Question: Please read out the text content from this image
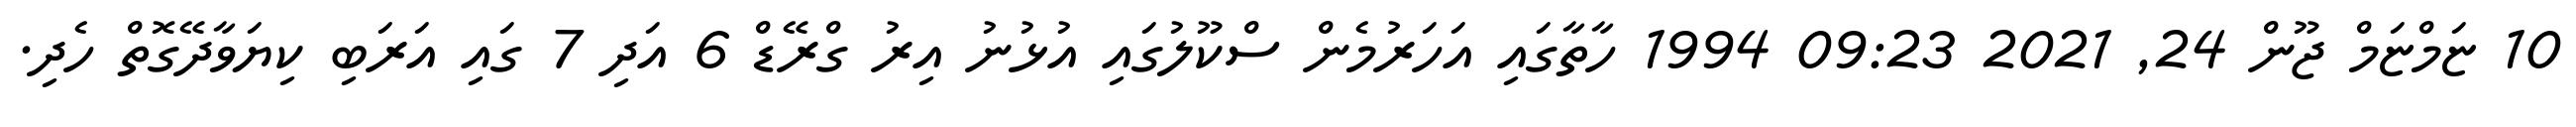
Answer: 10 ޏަމްޏަމް ޖޫން 24, 2021 09:23 1994 ހާތާގައި އަހަރުމެން ސްކޫލުގައި އުޅުނު އިރު ގްރޭޑް 6 އަދި 7 ގައި އަރަބި ކިޔަވާދޭގޮތް ހެދި.